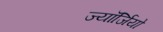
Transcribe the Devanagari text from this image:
ज्यॉर्जियो